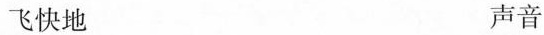
飞快地 声音